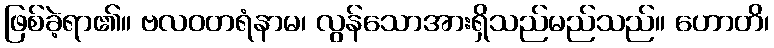
ဖြစ်ခဲ့ရာ၏။ ဗလဝတရံနာမ၊ လွန်သောအားရှိသည်မည်သည်။ ဟောတိ၊